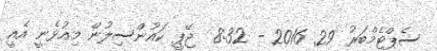
ސެޕްޓެމްބަރު 29